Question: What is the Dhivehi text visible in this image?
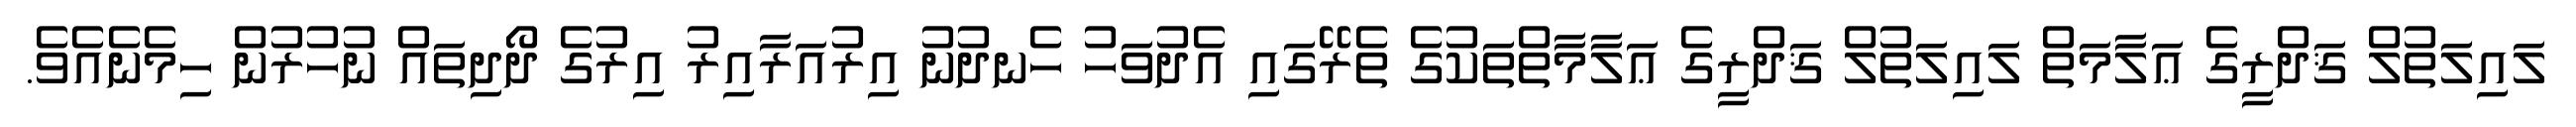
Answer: ލައިލަތުލް ޤަދްރީގެ ޢަލާމަތް ލައިލަތުލް ޤަދްރީގެ ޢަލާމާތްތަކުގެ ތެރޭގައި އެދުވަހު ހެނދުނު އިރުއަރާއިރު އިރުގެ ދޯދިތައް ނުހުރުން ހިމެނެއެވެ.